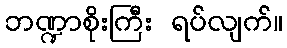
ဘဏ္ဍာစိုးကြီး ရပ်လျက်။